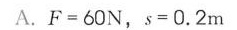
A.$$F = 6 0 N$$，$$s = 0 . 2 m$$